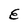
Character: E